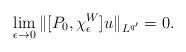
LaTeX: \begin{align*}\lim_{\epsilon\to 0}\|[P_0,\chi_{\epsilon}^W]u\|_{L^{q'}}=0.\end{align*}